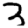
Digit: 3